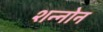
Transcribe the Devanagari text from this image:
शन्नोन